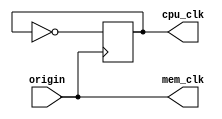
module clock_gen(origin,cpu_clk,mem_clk);
	input origin;
	output reg cpu_clk;
	output mem_clk;
	
	assign mem_clk = origin;

	always @ (posedge origin)
		cpu_clk <= ~cpu_clk;
	
	initial cpu_clk <= 0;

endmodule